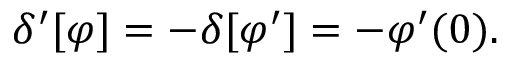
\delta ^ { \prime } [ \varphi ] = - \delta [ \varphi ^ { \prime } ] = - \varphi ^ { \prime } ( 0 ) .